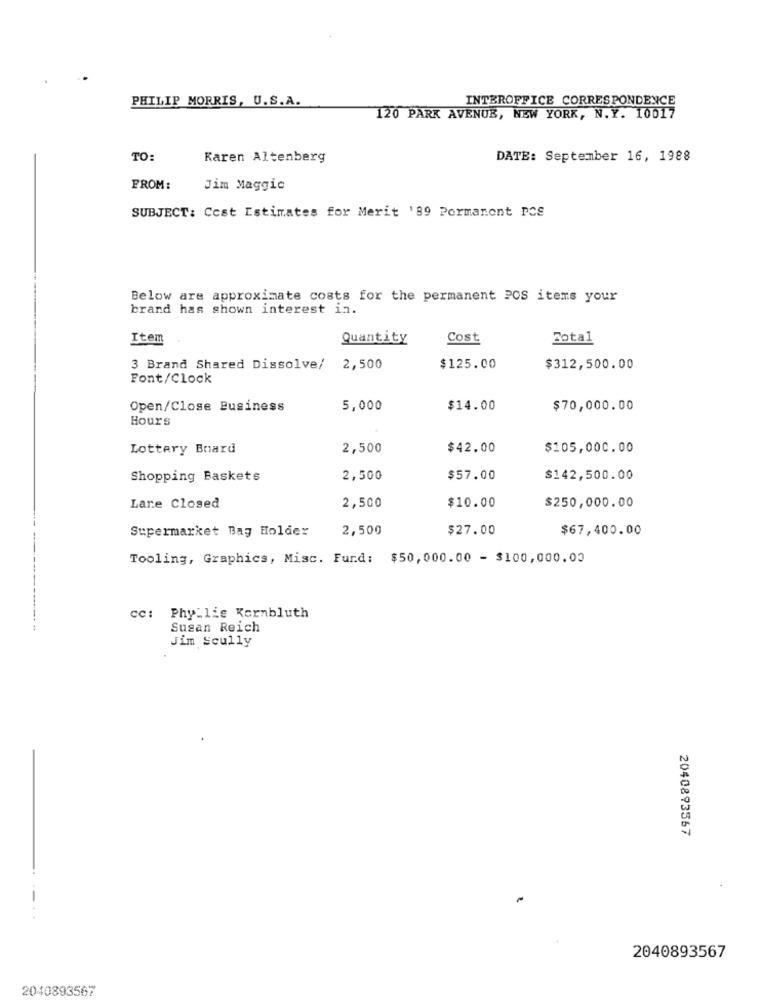
PHILIP MORRIS, U.S.A.
INTEROFFICE CORRESPONDENCE
120 PARK AVENUE, NEW YORK, N.Y. 10017
TO:
Karen Altenberg
DATE: September 16, 1988
FROM:
Jim Maggic
SUBJECT: Cest Estimates for Merit '89 Pormanont POS
Below are approximate costs for the permanent POS items your
brand has shown interest in.
Item
Quantity
Cost
Sotal
3 Brand Shared Dissolve/
2,500
$125.00
$312,500.00
Font/Clock
Open/Close Business
5,000
$14.00
$70,000.00
Hours
Lottery Board
2,500
$42.00
$105,000.00
Shopping Baskets
2,500
$57.00
$142,500.00
$250,000.00
Lare Closed
2,500
$10.00
Supermarket Bag Holder
2,500
$27.00
$67,400.00
Tooling, Graphics, Misc. Fund: $50,000.00 - $100,000.03
cc: Phyllis Kornbluth
Susan Reich
Jim Scully
2040893567
--
2040893567
2040893567